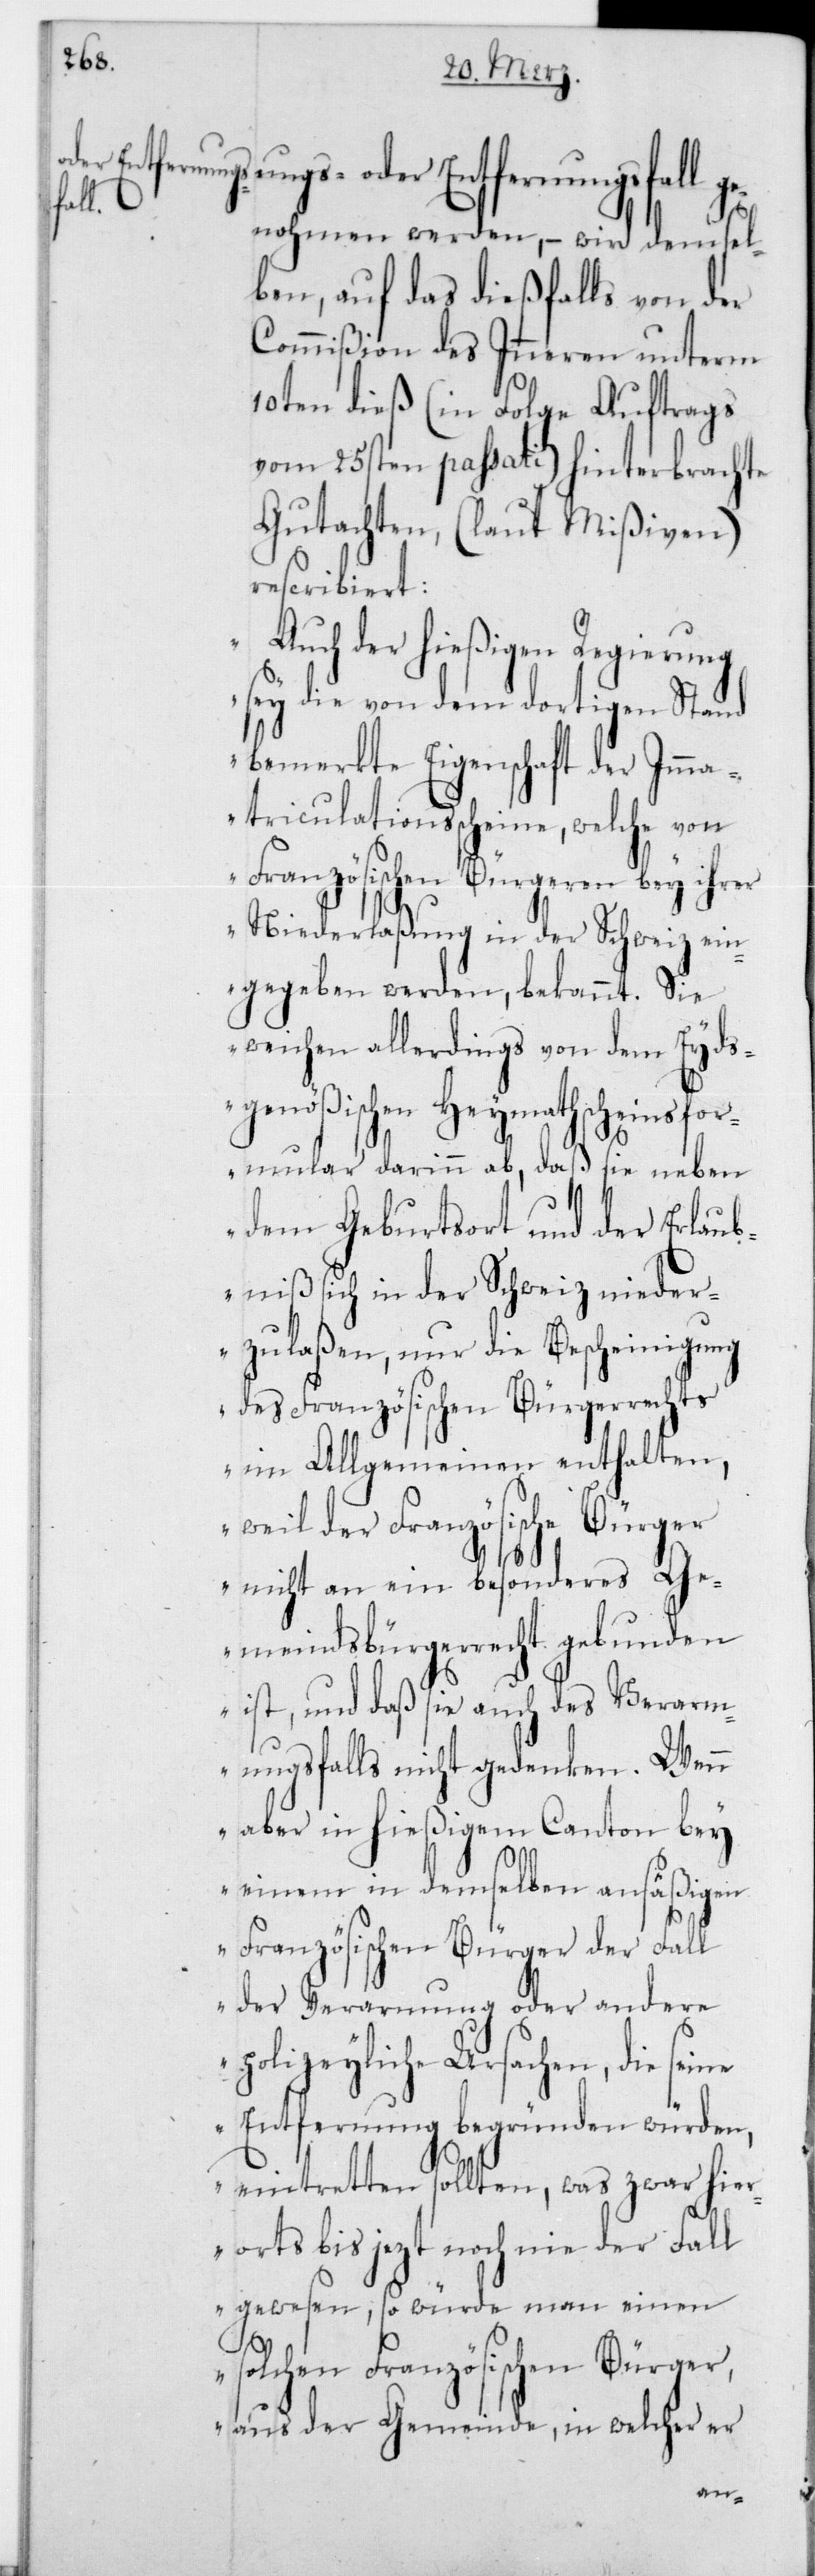
ungs- oder Entfernungsfall
genohmen werden, – wird demsel¬
ben, auf das dießfalls von der
Commißion des Innern unterm
10ten dieß (in Folge Auftrags
vom 25sten passati) hinterbrachte
Gutachten, (laut Mißiven)
rescribiert:
„Auch der hießigen Regierung
sey die von dem dortigen Stand
bemerkte Eigenschaft der Ima¬
triculatiosscheine, welche von
Französischen Bürgeren bey ihrer
Niederlaßung in der Schweiz ein¬
gegeben werden, bekannt. Sie
weichen allerdings von dem Eyds¬
genößischen Heymathscheinsfor¬
mular darinn ab, daß sie neben
dem Geburtsort und der Erlaub¬
niß sich in der Schweiz nieder¬
zulaßen, nur die Bescheinigung
des Französischen Bürgerrechts
im Allgemeinen enthalten,
weil der Französische Bürger
nicht an ein besonderes Ge¬
meindsbürgerrecht gebunden
ist, und daß sie auch des Verarm¬
ungsfalls nicht gedenken. Wenn
aber in hießigem Canton bey
einem in demselben ansäßigen
Französischen Bürger der Fall
der Verarmung oder andere
polizeyliche Ursachen, die
Entfernung begründen würden,
eintretten sollten, was zwar hier¬
orts bis jetzt noch nie der Fall
gewesen, so würde man einen
solchen Französischen Bürger,
aus der Gemeinde, in welcher er